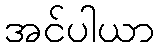
အင်ပါယာ